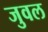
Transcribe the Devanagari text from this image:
जुवल